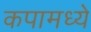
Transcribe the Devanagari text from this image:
कपामध्ये